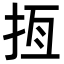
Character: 𢫮